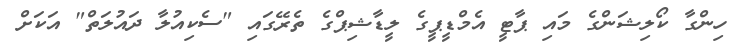
ހިންގާ ކޯލިޝަންގެ މައި ޕާޓީ އެމްޑީޕީގެ ލީޑާޝިޕްގެ ތެރޭގައި "ސެކިއުލާ ދައުލަތް" އަކަށް